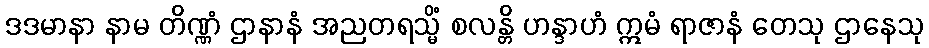
ဒဒမာနာ နာမ တိဏ္ဏံ ဌာနာနံ အညတရသ္မိံ စလန္တိ ဟန္ဒာဟံ ဣမံ ရာဇာနံ တေသု ဌာနေသု